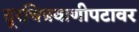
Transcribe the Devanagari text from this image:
दूरचित्रवाणीपटावर